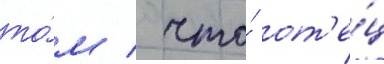
то́м / что́ от'е́ц